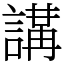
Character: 𧪸